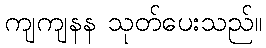
ကျကျနန သုတ်ပေးသည်။